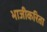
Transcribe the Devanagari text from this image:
भाजीकरिता